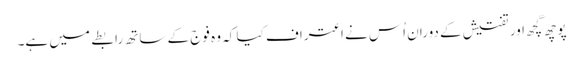
پوچھ گچھ اور تفتیش کے دوران اُس نے اعتراف کیا کہ وہ فوج کے ساتھ رابطے میں ہے۔